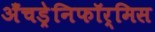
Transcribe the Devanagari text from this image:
अँचड्रेनिफॉर्मिस